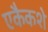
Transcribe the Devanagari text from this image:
एकैकशे